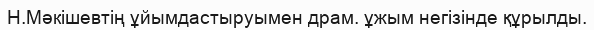
Н.Мәкішевтің ұйымдастыруымен драм. ұжым негізінде құрылды.